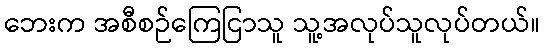
ဘေးက အစီစဉ်ကြေငြာသူ သူ့အလုပ်သူလုပ်တယ်။